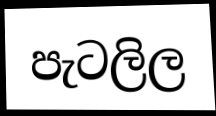
පැටලිල